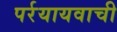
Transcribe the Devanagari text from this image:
पर्रयायवाची